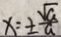
x = \pm \frac { \sqrt { a } } { a }